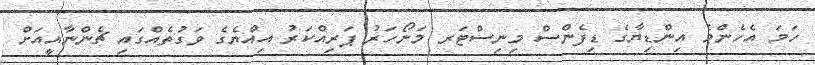
ހަމަ އެހެންމެ އިންޑިޔާގެ ޑިފެންސް މިނިސްޓަރ މަނޯހަރު ޕަރިއްކަރު އިއްޔެގެ ވަގުތެއްގައި ޗެންނާއީއަށް